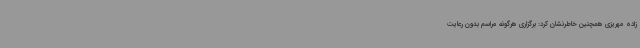
زاده مهریزی همچنین خاطرنشان کرد: برگزاری هرگونه مراسم بدون رعایت